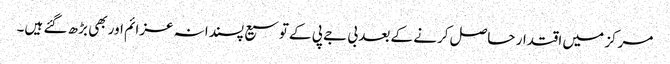
مرکز میں اقتدار حاصل کرنے کے بعد بی جے پی کے توسیع پسندانہ عزائم اور بھی بڑھ گئے ہیں۔